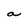
Character: a